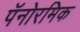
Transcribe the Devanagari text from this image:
पॅनोरमिक